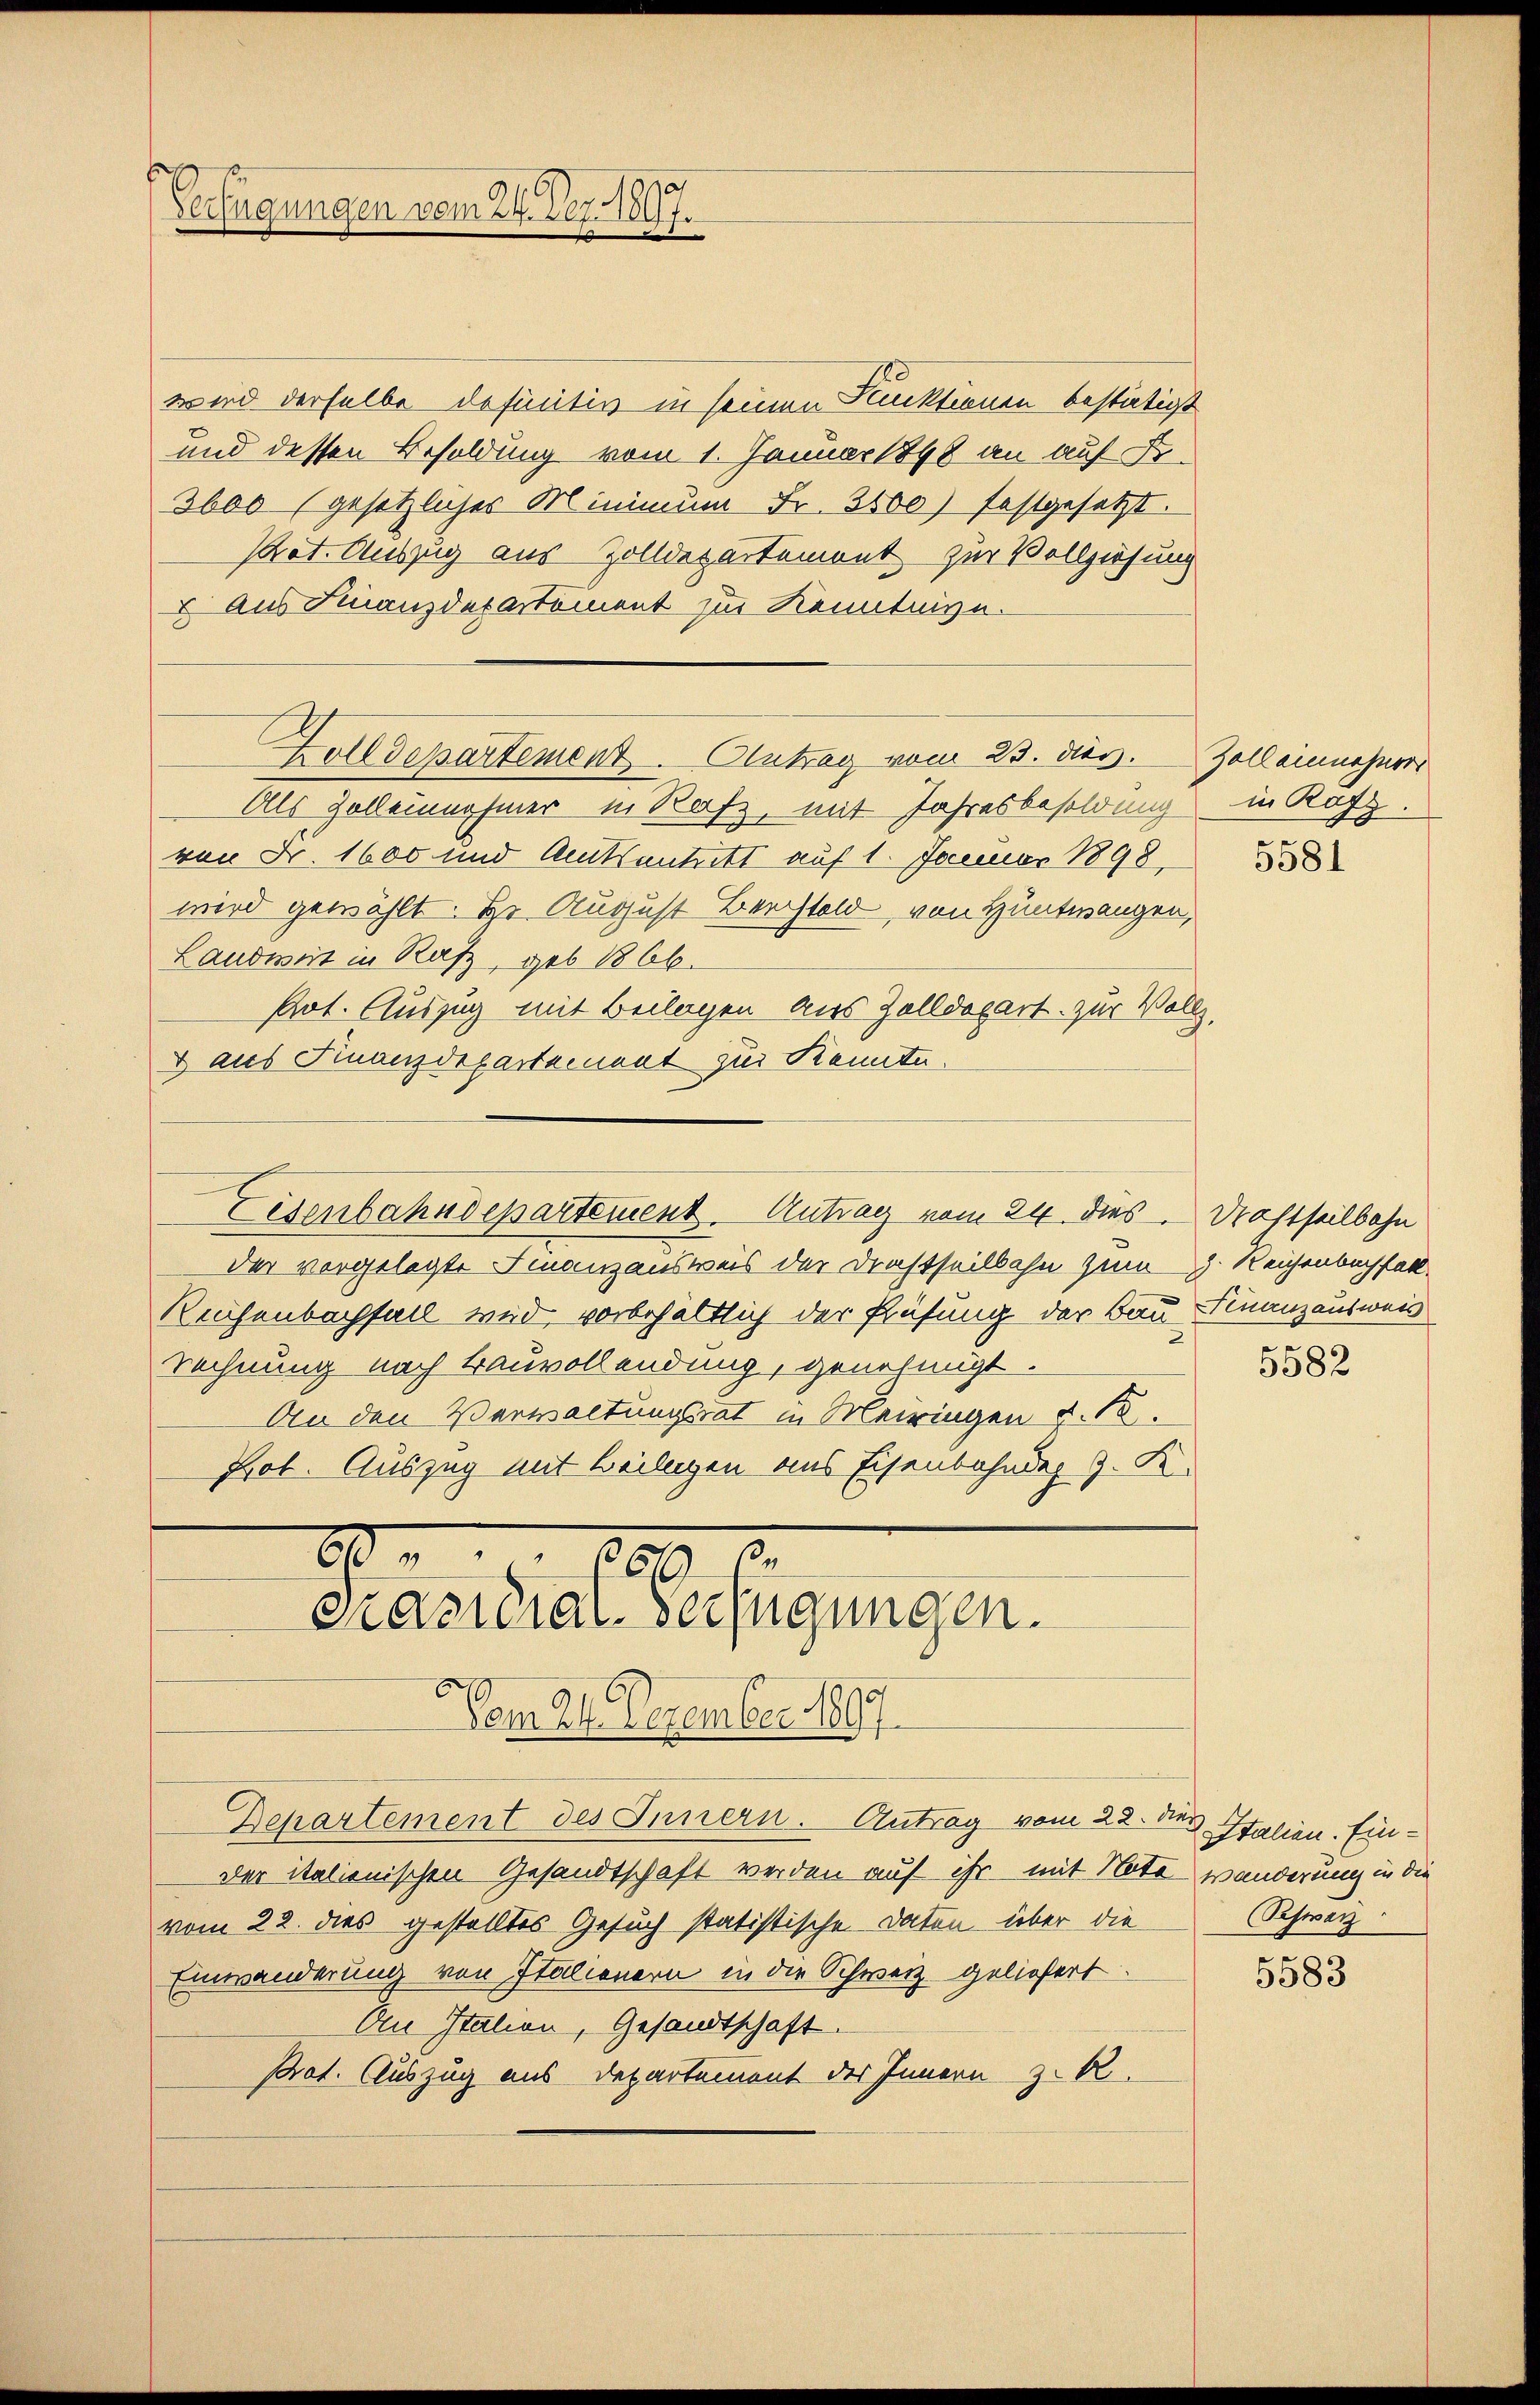
Verfügungen vom 24. Dez. 1897.

wird derselbe definitiv in seinen Punktionen bestätigt
und dessen Besoldung vom 1. Januar 1848 an auf B
3600 (gesetzliches Minimum Fr. 3500) festgesetzt.
Pact. Auszug aus Zolldepartemont zur Vollziehung
 aus Finanzdepartement zur Kenntnign.
Zolldepartement. Antrag vom 23. dies. Zoll einnehmer
Als Zolleinnahmer in Rafz, mit Jahresbesoldung in Kosz.
von Fr. 1600 und Amtsantritt auf 1. Januar 1898 538
wird gewählt. Er August Berchtold von Hüntwangen,
Landwirt in Rafz, geb. 1866.
Pot. Auszug mit Beilagen aus Zolldepart zur Vollz
& aus Finanzdepartement zur Kenntn
der vorgelegte Finanzausweis der Drahtheilbahn zum J. Reichenbuchfall
Reichenbachfall wird, vorbehältlich der Prüfung der Bau Finanzausweis
Rechnung nach Bauvollendung, genehmigt.
An den Verwaltungsrat in Meiringen §. 18.
Prot. Auszug mit Beilagen aus Eisenbahnder J. K.
0
289
Präsidial-Verfügungen.
Vom 24. Dezember 1897.
Departement des Innern. Antrag vom 22. des Italien. Einder italienischen Gesandtschaft werden auf ihr mit Note wanderung in die
vom 22. dies gestelltes Gesuch statistische Daten über die
Einwanderung von Italienern in die Schweiz geliefert.
An Italien, Gesandtschaft.
Prat. Auszug aus Departement des Innern z. R.

Eisenbahndepartement. Antrag vom 24. dies Drahtheilbahn

5582

Schwarz

5583